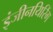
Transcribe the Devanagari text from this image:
इंजीनयिरिंग